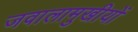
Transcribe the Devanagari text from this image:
जवालामुखीयों